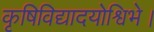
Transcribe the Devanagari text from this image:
कृषिविद्यादयोश्विभे।